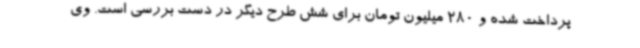
پرداخت شده و 280 میلیون تومان برای شش طرح دیگر در دست بررسی است. وی